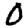
Digit: 0